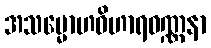
အသမ္မောဟဝိဟာရဝဏ္ဏနာ